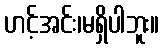
ဟင့်အင်း၊မရှိပါဘူး။